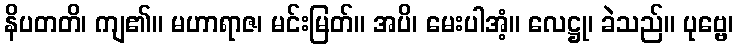
နိပတတိ၊ ကျ၏။ မဟာရာဇ၊ မင်းမြတ်။ အပိ၊ မေးပါအံ့။ လေဋ္ဌု၊ ခဲသည်။ ပုဗ္ဗေ၊